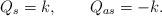
LaTeX: \begin{align*}Q_s= k, \qquad Q_{as}= -k.\end{align*}